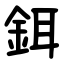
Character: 鉺